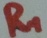
Text: R1